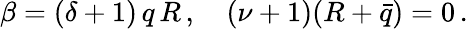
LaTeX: \beta=(\delta+1)\, q\, R\, ,\ \ \ \ (\nu+1)(R+\bar{q})=0\, .